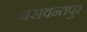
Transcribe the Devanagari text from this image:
जसवन्तपुर